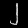
Digit: ၂